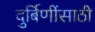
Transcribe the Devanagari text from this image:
दुर्बिणींसाठी